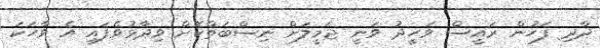
ދާދި ފަހުން ރައީސް ވަހީދު ވަނީ ޖަމީލަށް ނިސްބަތްކޮށް ވިދާޅުވެފައި އެ ވާހަކަ